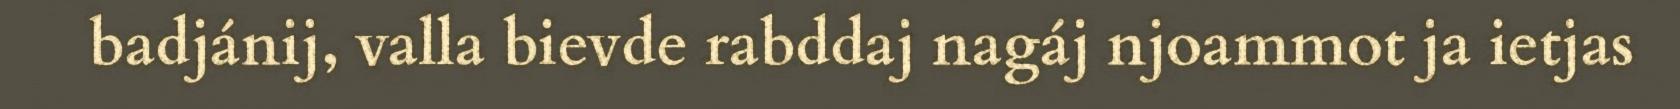
badjánij, valla bievde rabddaj nagáj njoammot ja ietjas